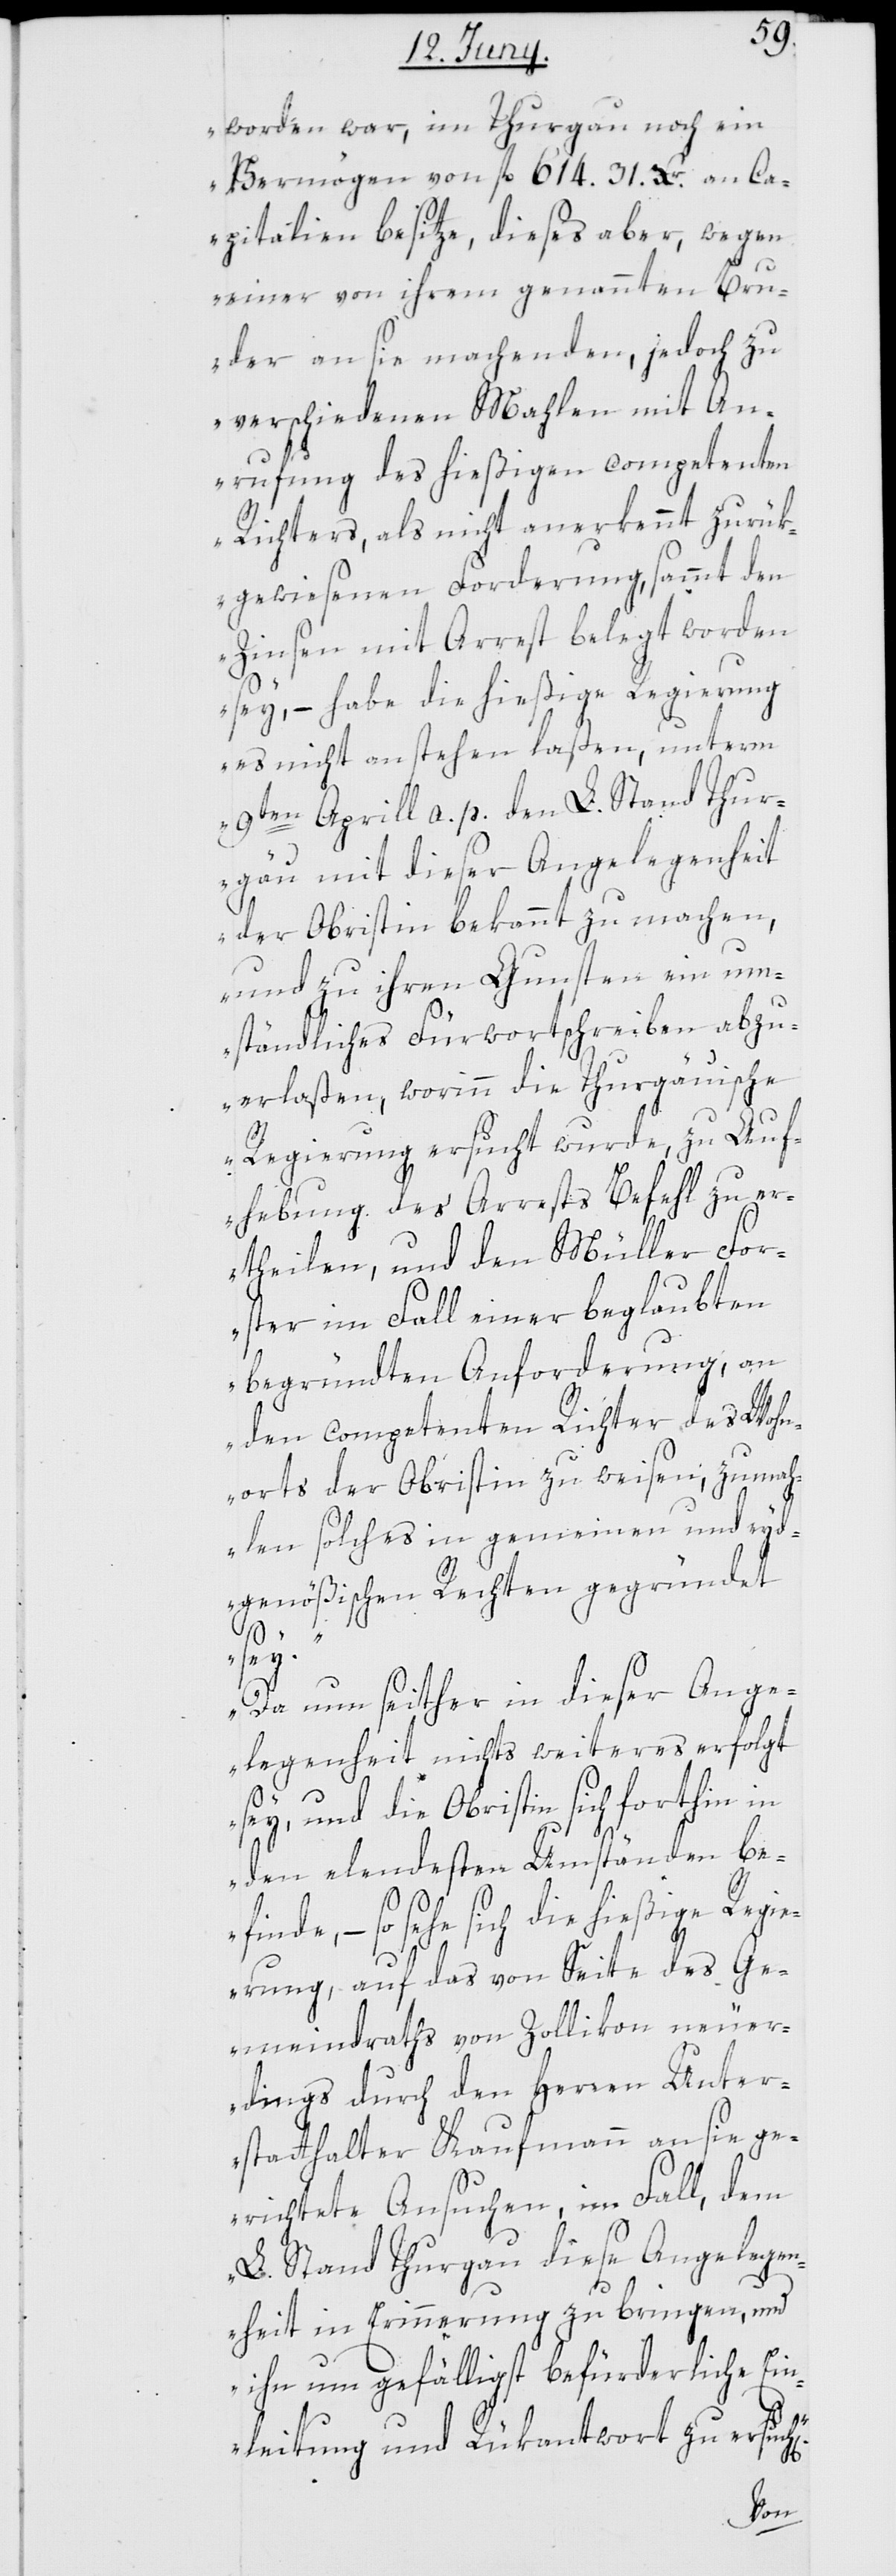
worden war, im Thurgau noch ein
Vermögen von fl. 614. 31. Xr. an Ca¬
pitalien besitze, dieses aber, wegen
einer von ihrem genannten Bru¬
der an sie machenden, jedoch zu
verschiedenen Mahlen mit An¬
rufung des hießigen competenten
Richters, als nicht anerkennt zurük¬
gewiesenen Forderung, sammt den
Zinsen mit Arrest belegt worden
sey, – habe die hießige Regierung
es nicht anstehen laßen, unterm
9ten Aprill a. p. den L. Stand Thur¬
gäu mit dieser Angelegenheit
der Obristin bekannt zu machen,
und zu ihren Gunsten ein um¬
ständliches Fürwortschreiben abzu¬
erlaßen, worinn die Thurgäuische
Regierung ersucht wurde, zu Auf¬
hebung des Arrests Befehl zu er¬
theilen, und den Müller For¬
ster im Fall einer beglaubten
begründten Anforderung, an
den competenten Richter des Wohn¬
orts der Obristin zu weisen; zumah¬
len solches in gemeinen und eyd¬
genößischen Rechten gegründet
sey.
Da nun seither in dieser Ange¬
legenheit nichts weiteres erfolgt
sey, und die Obristin sich forthin in
den elendesten Umständen be¬
finde, – so sehe sich die hießige Regi¬
n].“
erung auf das von Seite des Ge¬
meindraths von Zollikon neuer¬
dings durch den Herren Unter¬
statthalter Kaufmann an sie ge¬
richtete Ansuchen, im Fall, dem
L. Stand Thurgau diese Angelegen¬
heit in Erinnerung zu bringen, und
ihn um gefälligst befürderliche Ein¬
leitung und Rükantwort zu ersuch[e¬